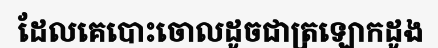
ដែលគេបោះចោលដូចជាត្រឡោកដូង